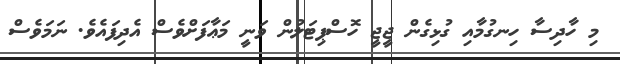
މި ހާދިސާ ހިނގުމާއި ގުޅިގެން ޖީޖީ ހޮސްޕިޓަލުން ވަނީ މަޢާފަށްވެސް އެދިިފައެވެ. ނަމަވެސް